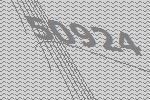
50924